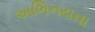
અભિનયના